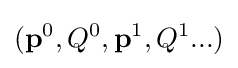
(\mathbf {p} ^{0},Q^{0},\mathbf {p} ^{1},Q^{1}...)